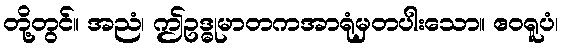
တို့တွင်။ အညံ၊ ဤဥဒ္ဓုမာတကအာရုံမှတပါးသော။ ဧဝရူပံ၊